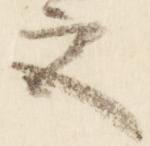
宮